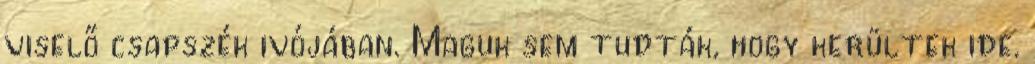
viselő csapszék ivójában. Maguk sem tudták, hogy kerültek ide.